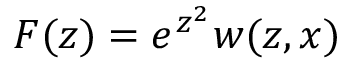
F ( z ) = e ^ { z ^ { 2 } } w ( z , x )